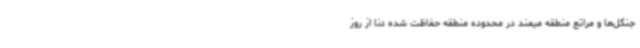
جنگل‌ها و مراتع منطقه میمند در محدوده منطقه حفاظت شده دنا از روز